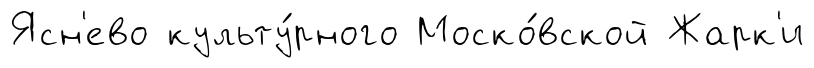
Ясн'ево культу́рного Моско́вской Жарк'и